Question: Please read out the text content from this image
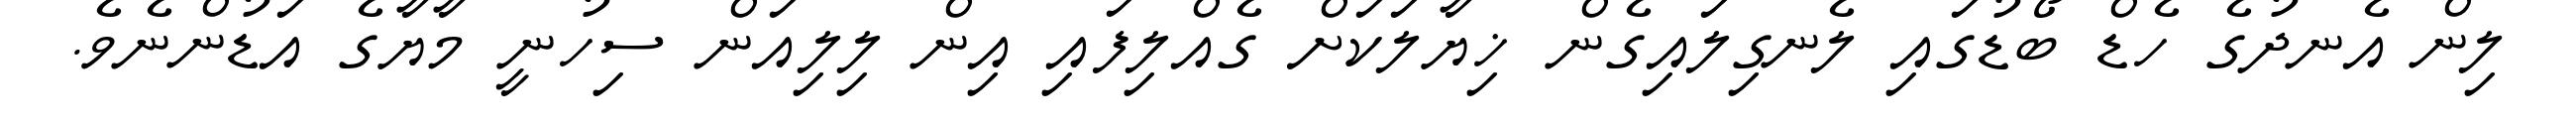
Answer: ލިން އެނދުގެ ހެޑް ބޯޑުގައި ލެނގިލައިގެން ޚިޔާލަކަށް ގެއްލިފައި އިން ލިލިއަން ސިހުނީ މާޔާގެ އަޑުންނެވެ.